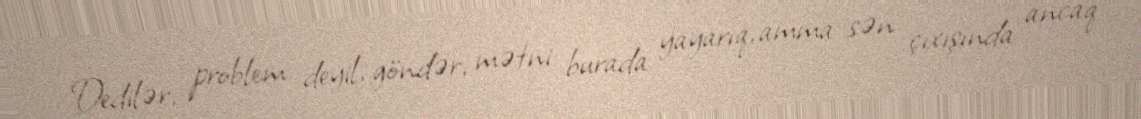
Dedilər, problem deyil, göndər, mətni burada yayarıq, amma sən çıxışında ancaq